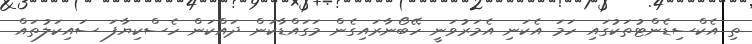
ތި އެކްސިޑެންޓުތަކުގައި ހަމަ އެކަނި އެމަރުވަނީ ހޭބޯނާރައިގެން މަގައްޑާކަން ދައްކަން ހެސްކިޔާފަ ސައިކަލުތައް